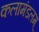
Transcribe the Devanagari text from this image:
कलामंडलम्‌